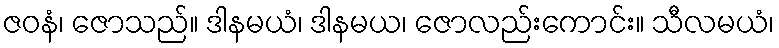
ဇဝနံ၊ ဇောသည်။ ဒါနမယံ၊ ဒါနမယ၊ ဇောလည်းကောင်း။ သီလမယံ၊